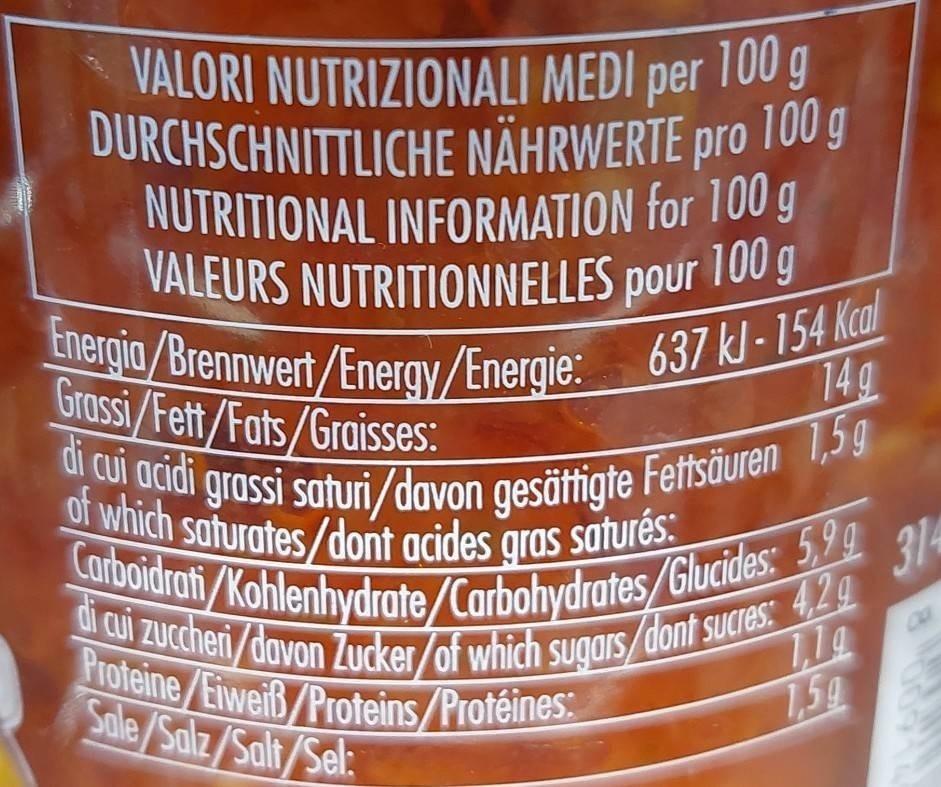
VALORI NUTRIZIONALI MEDI per 100 g DURCHSCHNITTLICHE NÄHRWERTE pro 100g NUTRITIONAL INFORMATION for 100 g VALEURS NUTRITIONNELLES pour 100 g
Energia/Brennwert/Energy/Energie: 637 kJ-154 Kcal di cui acidi grassi saturi/davon gesättigte Fettsäuren 1,5g
Grassi/Fett/Fats/Graisses:
14g
of which saturates/dont acides gras saturés:
Carboidrati/Kohlenhydrate/Carbohydrates/Glucides: 5,99
di cui zuccheri/davon Zucker/of which sugars dont sucres: 4,29
Proteine/Eiweiß/Proteins/Protéines:
Sale/Salz/Salt/Sel:
1,59
314